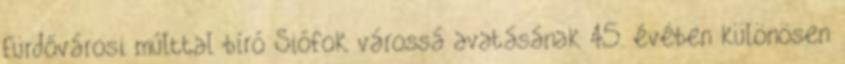
fürdővárosi múlttal bíró Siófok várossá avatásának 45. évében különösen